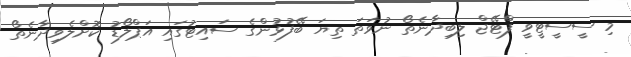
މި ސީސީޓީވީ ފްޓޭޖް ލިބިދާނެތޯ ނުވަތަ ތިޔަ ބޭފުޅުންގެ ސައިޓުގައި އަޕްލޯޑު ކޮށްލެވިދާނެތޯ